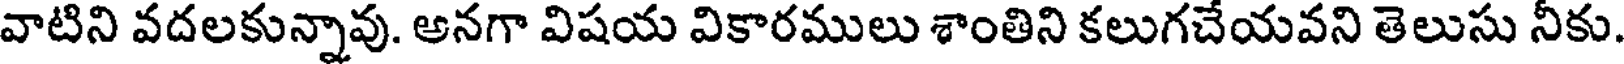
వాటిని వదలకున్నావు. అనగా విషయ వికారములు శాంతిని కలుగచేయవని తెలుసు నీకు.